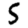
Digit: 5